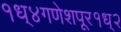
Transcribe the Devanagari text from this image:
१ध्४गणेशपूर१ध्२